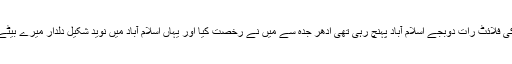
خان صاحب کی فلائٹ رات دوبجے اسلام آباد پہنچ رہی تھی ادھر جدہ سے میں نے رخصت کیا اور یہاں اسلام آباد میں نوید شکیل دلدار میرے بیٹے موجود تھے۔